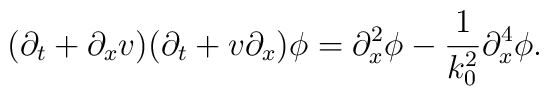
(\partial_t+\partial_x v)(\partial_t+v\partial_x)\phi=\partial_{x}^{2} \phi - \frac{1}{k_{0}^{2}} \partial_{x}^{4} \phi.